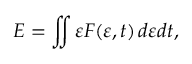
E = \int \! \! \! \int \varepsilon F ( \varepsilon , t ) \, d \varepsilon d t ,